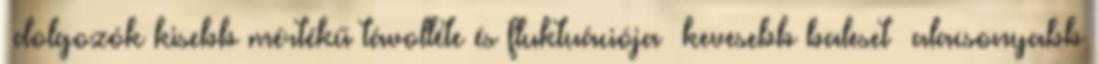
−dolgozók kisebb mértékű távolléte és fluktuációja −kevesebb baleset −alacsonyabb